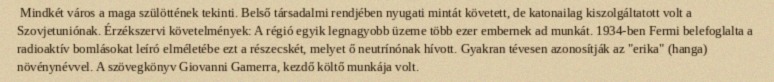
Mindkét város a maga szülöttének tekinti. Belső társadalmi rendjében nyugati mintát követett, de katonailag kiszolgáltatott volt a Szovjetuniónak. Érzékszervi követelmények: A régió egyik legnagyobb üzeme több ezer embernek ad munkát. 1934-ben Fermi belefoglalta a radioaktív bomlásokat leíró elméletébe ezt a részecskét, melyet ő neutrínónak hívott. Gyakran tévesen azonosítják az "erika" (hanga) növénynévvel. A szövegkönyv Giovanni Gamerra, kezdő költő munkája volt.